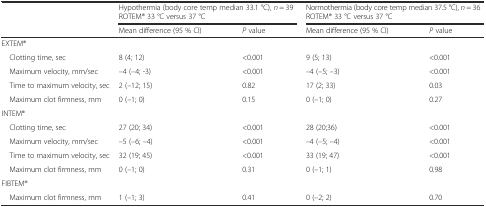
|  | <COLSPAN=2> Hypothermia (body core temp median 33.1 °C), n = 39ROTEM® 33 °C versus 37 °C | <COLSPAN=2> Normothermia (body core temp median 37.5 °C), n = 36ROTEM® 33 °C versus 37 °C |
 |  | Mean difference (95 % CI) | P value | Mean difference (95 % CI) | P value |
 | --- | --- | --- | --- | --- |
 | <COLSPAN=5> EXTEM® |
 | Clotting time, sec | 8 (4; 12) | <0.001 | 9 (5; 13) | <0.001 |
 | Maximum velocity, mm/sec | –4 (–4; -3) | <0.001 | –4 (–5; –3) | <0.001 |
 | Time to maximum velocity, sec | 2 (–12; 15) | 0.82 | 17 (2; 33) | 0.03 |
 | Maximum clot firmness, mm | 0 (–1; 0) | 0.15 | 0 (–1; 0) | 0.27 |
 | <COLSPAN=5> INTEM® |
 | Clotting time, sec | 27 (20; 34) | <0.001 | 28 (20;36) | <0.001 |
 | Maximum velocity, mm/sec | –5 (–6; –4) | <0.001 | –4 (–5; –4) | <0.001 |
 | Time to maximum velocity, sec | 32 (19; 45) | <0.001 | 33 (19; 47) | <0.001 |
 | Maximum clot firmness, mm | 0 (–1; 0) | 0.31 | 0 (–1; 1) | 0.98 |
 | <COLSPAN=5> FIBTEM® |
 | Maximum clot firmness, mm | 1 (–1; 3) | 0.41 | 0 (–2; 2) | 0.70 |